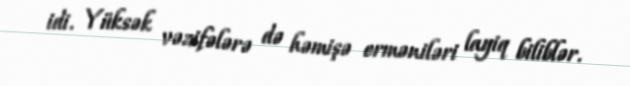
idi. Yüksək vəzifələrə də həmişə erməniləri layiq biliblər.